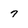
Character: 7